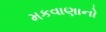
મકવાણાનો